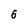
Character: 6